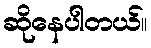
ဆိုနေပါတယ်။